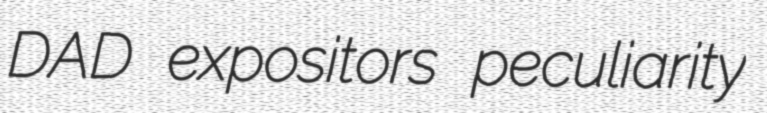
DAD expositors peculiarity